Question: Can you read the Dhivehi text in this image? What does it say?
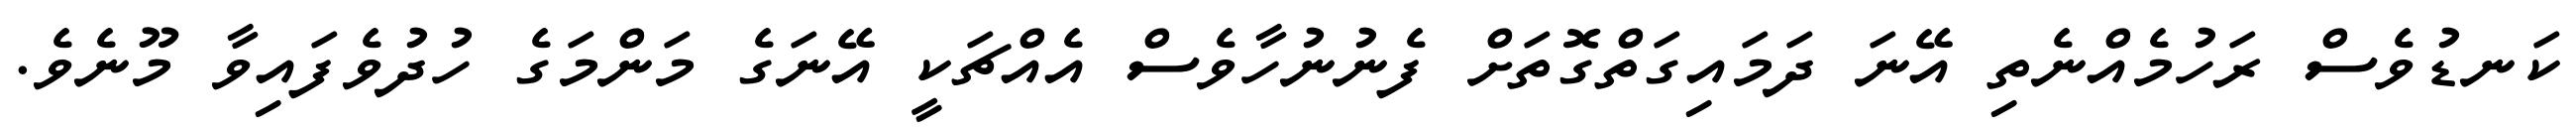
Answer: ކަނޑުވެސް ރަހުމެއްނެތި އޭނަ ދަމައިގަތްގޮތަށް ފެނުނުހާވެސް އެއްޗަކީ އޭނަގެ މަންމަގެ ހުދުވެފައިވާ މޫނެވެ.